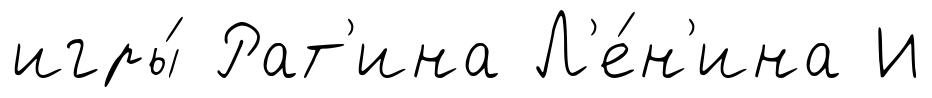
игры́ Рат'ина Л'е́н'ина И